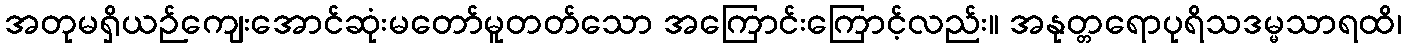
အတုမရှိယဉ်ကျေးအောင်ဆုံးမတော်မူတတ်သော အကြောင်းကြောင့်လည်း။ အနုတ္တရောပုရိသဒမ္မသာရထိ၊